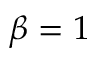
\beta = 1